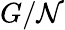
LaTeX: G/\mathcal{N}